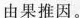
由果推因。